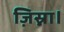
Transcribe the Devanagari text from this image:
ज़िस्ना।